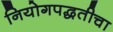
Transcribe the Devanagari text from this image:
नियोगपद्धतीचा